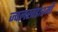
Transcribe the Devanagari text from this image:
ज्वलखंडाश्मी